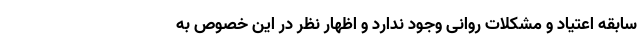
سابقه اعتیاد و مشکلات روانی وجود ندارد و اظهار نظر در این خصوص به